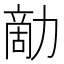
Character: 𠢗